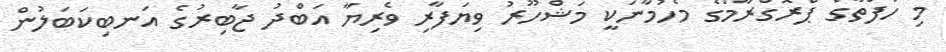
މި ހަފްތާގެ ޕްރޮގްރާމްގެ މެހުމާނަކީ މަޝްހޫރު ވިޔަފާރި ވެރިޔާ އަބްދު ޖާބިރުގެ އަނބިކަބަލުން